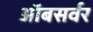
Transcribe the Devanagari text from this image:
ऑबसर्वर